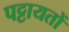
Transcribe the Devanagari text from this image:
पट्टायतों